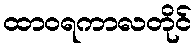
ထာဝရကာလတိုင်